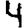
Digit: 4